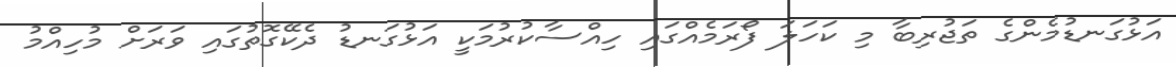
އަޅުގަނޑުމެންގެ ތަޖުރިބާ މި ކަހަލަ ފޯރަމެއްގައި ހިއްސާކުރުމަކީ އަޅުގަނޑު ދެކޭގޮތުގައި ވަރަށް މުހިއްމު